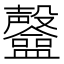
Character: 𥃟